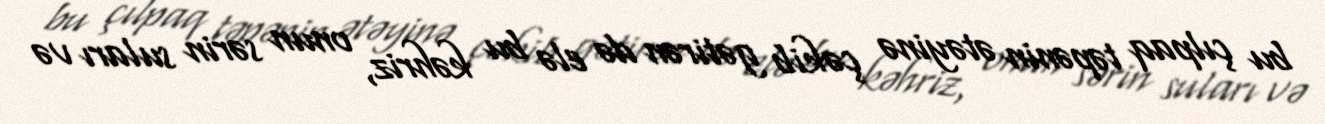
bu çılpaq təpənin ətəyinə çəkib gətirən də elə bu kəhriz, onun sərin suları və